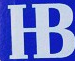
HB